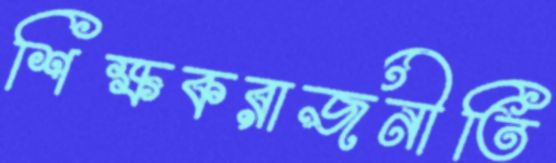
শিক্ষকরাজনীতি